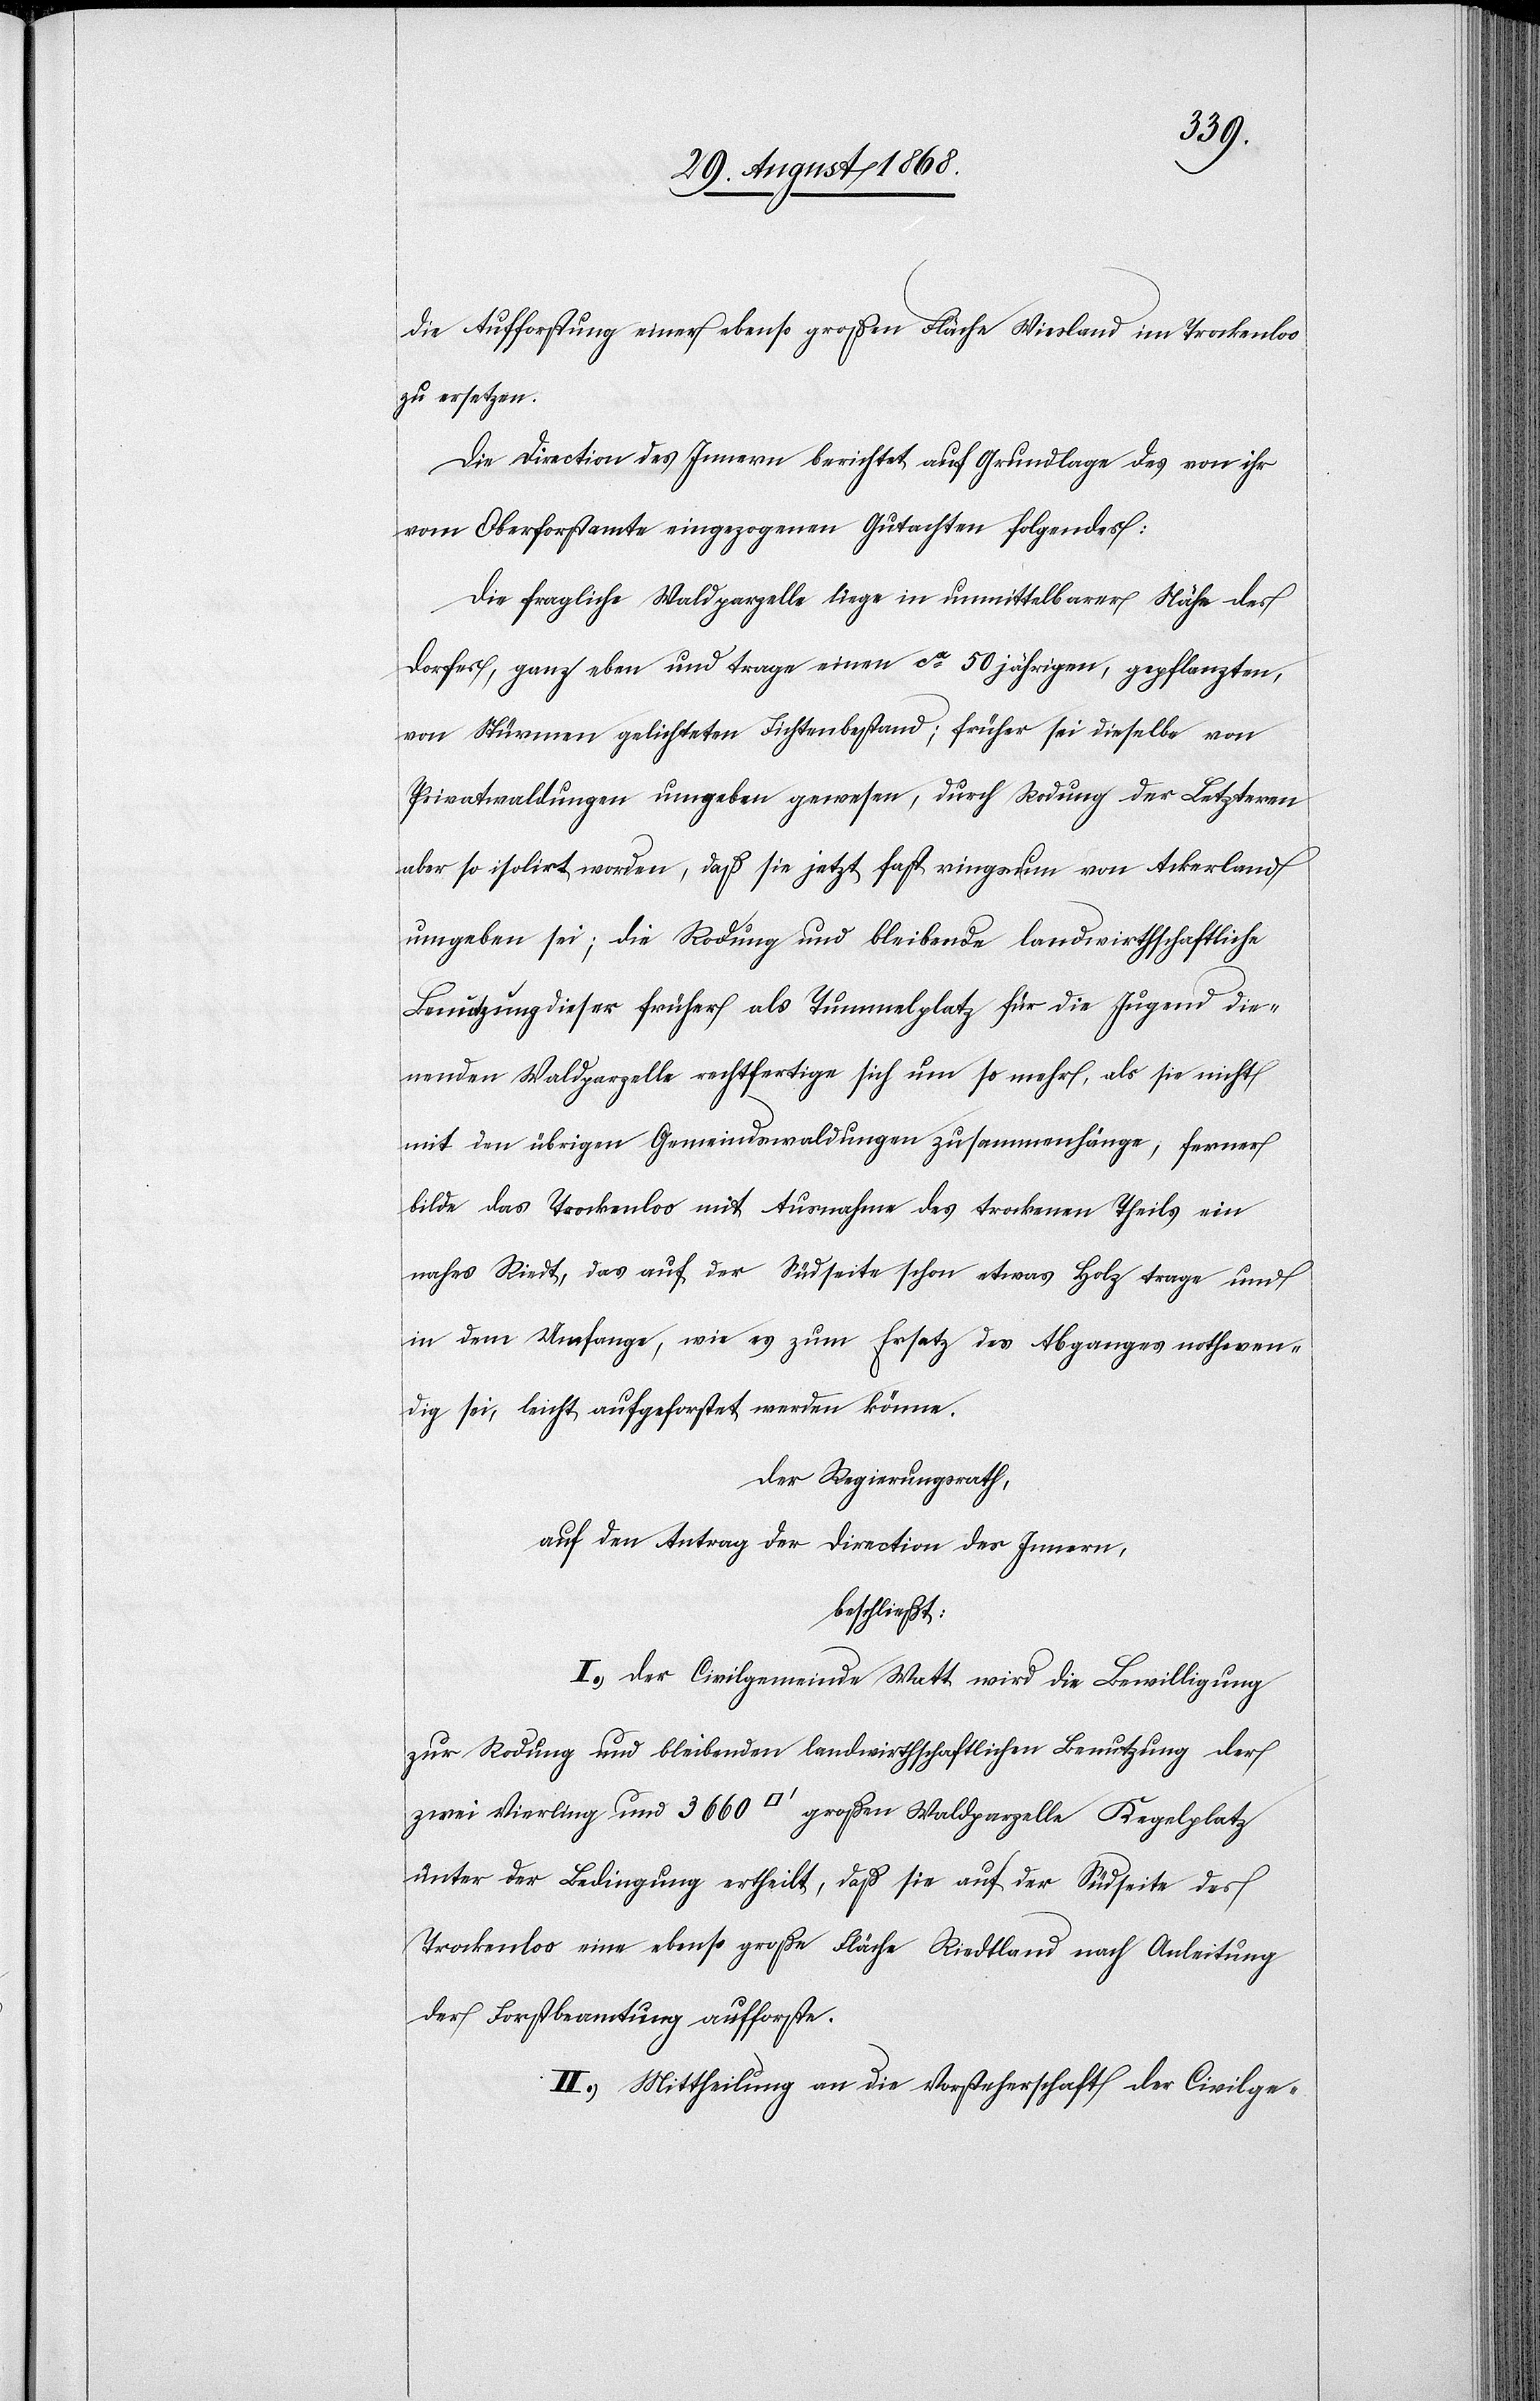
die Aufforstung einer ebenso großen Fläche Wiesland im Trockenloo
zu ersetzen.
Die Direction des Innern berichtet auf Grundlage des von ihr
vom Oberforstamte eingezogenen Gutachten folgendes:
Die fragliche Waldparzelle liege in unmittelbarer Nähe des
Dorfes, ganz eben und trage einen ca 50 jährigen, gepflanzten,
von Stürmen gelichteten Fichtenbestand; früher sei dieselbe von
Privatwaldungen umgeben gewesen, durch Rodung der Letzteren
aber so isolirt worden, daß sie jetzt fast ringsum von Ackerland
umgeben sei; die Rodung und bleibende landwirthschaftliche
Benutzung dieser früher als Tummelplatz für die Jugend die¬
nenden Waldparzelle rechtfertige sich um so mehr, als sie nicht
mit den übrigen Gemeindswaldungen zusammenhänge; ferner
bilde das Trockenloo mit Ausnahme des trockenen Theils ein
nahes Riedt, das auf der Südseite schon etwas Holz trage und
in dem Umfange, wie es zum Ersatz des Abganges nothwen¬
dig sei, leicht aufgeforstet werden könne.
Der Regierungsrath,
auf den Antrag der Direction des Innern,
beschließt:
I.) Der Civilgemeinde Watt wird die Bewilligung
zur Rodung und bleibenden landwirthschaftlichen Benutzung der
zwei Vierling und 3660 [Quadratfuß] großen Waldparzelle Kegelplatz
unter der Bedingung ertheilt, daß sie auf der Südseite des
Trockenloo eine ebenso große Fläche Riedtland nach Anleitung
der Forstbeamtung aufforste.
II.) Mittheilung an die Vorsteherschaft der Civilge-